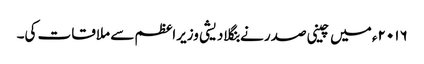
۲۰۱۶ء میں چینی صدر نے بنگلادیشی وزیراعظم سے ملاقات کی۔